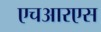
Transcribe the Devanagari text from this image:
एचआरएस